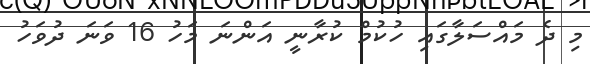
މި ދެ މައްސަލާގައި ހުކުމް ކުރާނީ އަންނަ މަހު 16 ވަނަ ދުވަހު